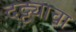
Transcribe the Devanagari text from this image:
दट्ट्याचा